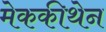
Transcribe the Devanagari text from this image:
मेककीथेन